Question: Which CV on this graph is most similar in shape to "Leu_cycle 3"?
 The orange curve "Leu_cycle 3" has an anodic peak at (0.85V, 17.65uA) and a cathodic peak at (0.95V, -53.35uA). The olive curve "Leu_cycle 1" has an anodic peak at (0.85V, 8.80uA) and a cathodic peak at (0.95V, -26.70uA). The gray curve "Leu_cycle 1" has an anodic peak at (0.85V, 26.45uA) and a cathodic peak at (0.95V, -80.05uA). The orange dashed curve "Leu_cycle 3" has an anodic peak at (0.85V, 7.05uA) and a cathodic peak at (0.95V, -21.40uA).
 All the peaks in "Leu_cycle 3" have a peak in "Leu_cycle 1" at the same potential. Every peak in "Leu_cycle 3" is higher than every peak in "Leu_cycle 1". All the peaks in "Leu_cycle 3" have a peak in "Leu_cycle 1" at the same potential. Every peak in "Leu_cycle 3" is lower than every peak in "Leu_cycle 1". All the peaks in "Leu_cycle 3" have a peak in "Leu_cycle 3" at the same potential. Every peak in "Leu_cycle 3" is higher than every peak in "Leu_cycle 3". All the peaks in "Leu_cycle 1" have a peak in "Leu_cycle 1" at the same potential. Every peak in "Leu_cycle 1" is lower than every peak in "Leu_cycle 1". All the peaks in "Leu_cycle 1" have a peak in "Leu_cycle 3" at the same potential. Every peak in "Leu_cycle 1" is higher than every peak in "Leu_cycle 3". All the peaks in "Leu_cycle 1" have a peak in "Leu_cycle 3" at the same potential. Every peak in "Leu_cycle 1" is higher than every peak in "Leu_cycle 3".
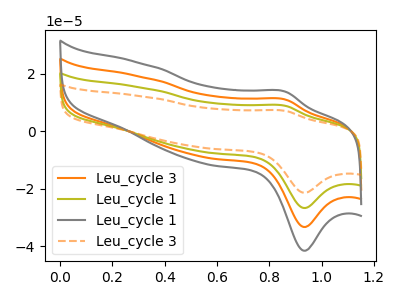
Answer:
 <answer>"Leu_cycle 3", "Leu_cycle 1" and "Leu_cycle 1" have a similar shape to "Leu_cycle 3".</answer>
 <eval>"Leu_cycle 3" "Leu_cycle 1" "Leu_cycle 1"</eval>